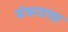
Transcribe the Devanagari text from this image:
मंथनाचा